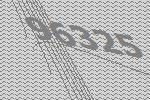
96325